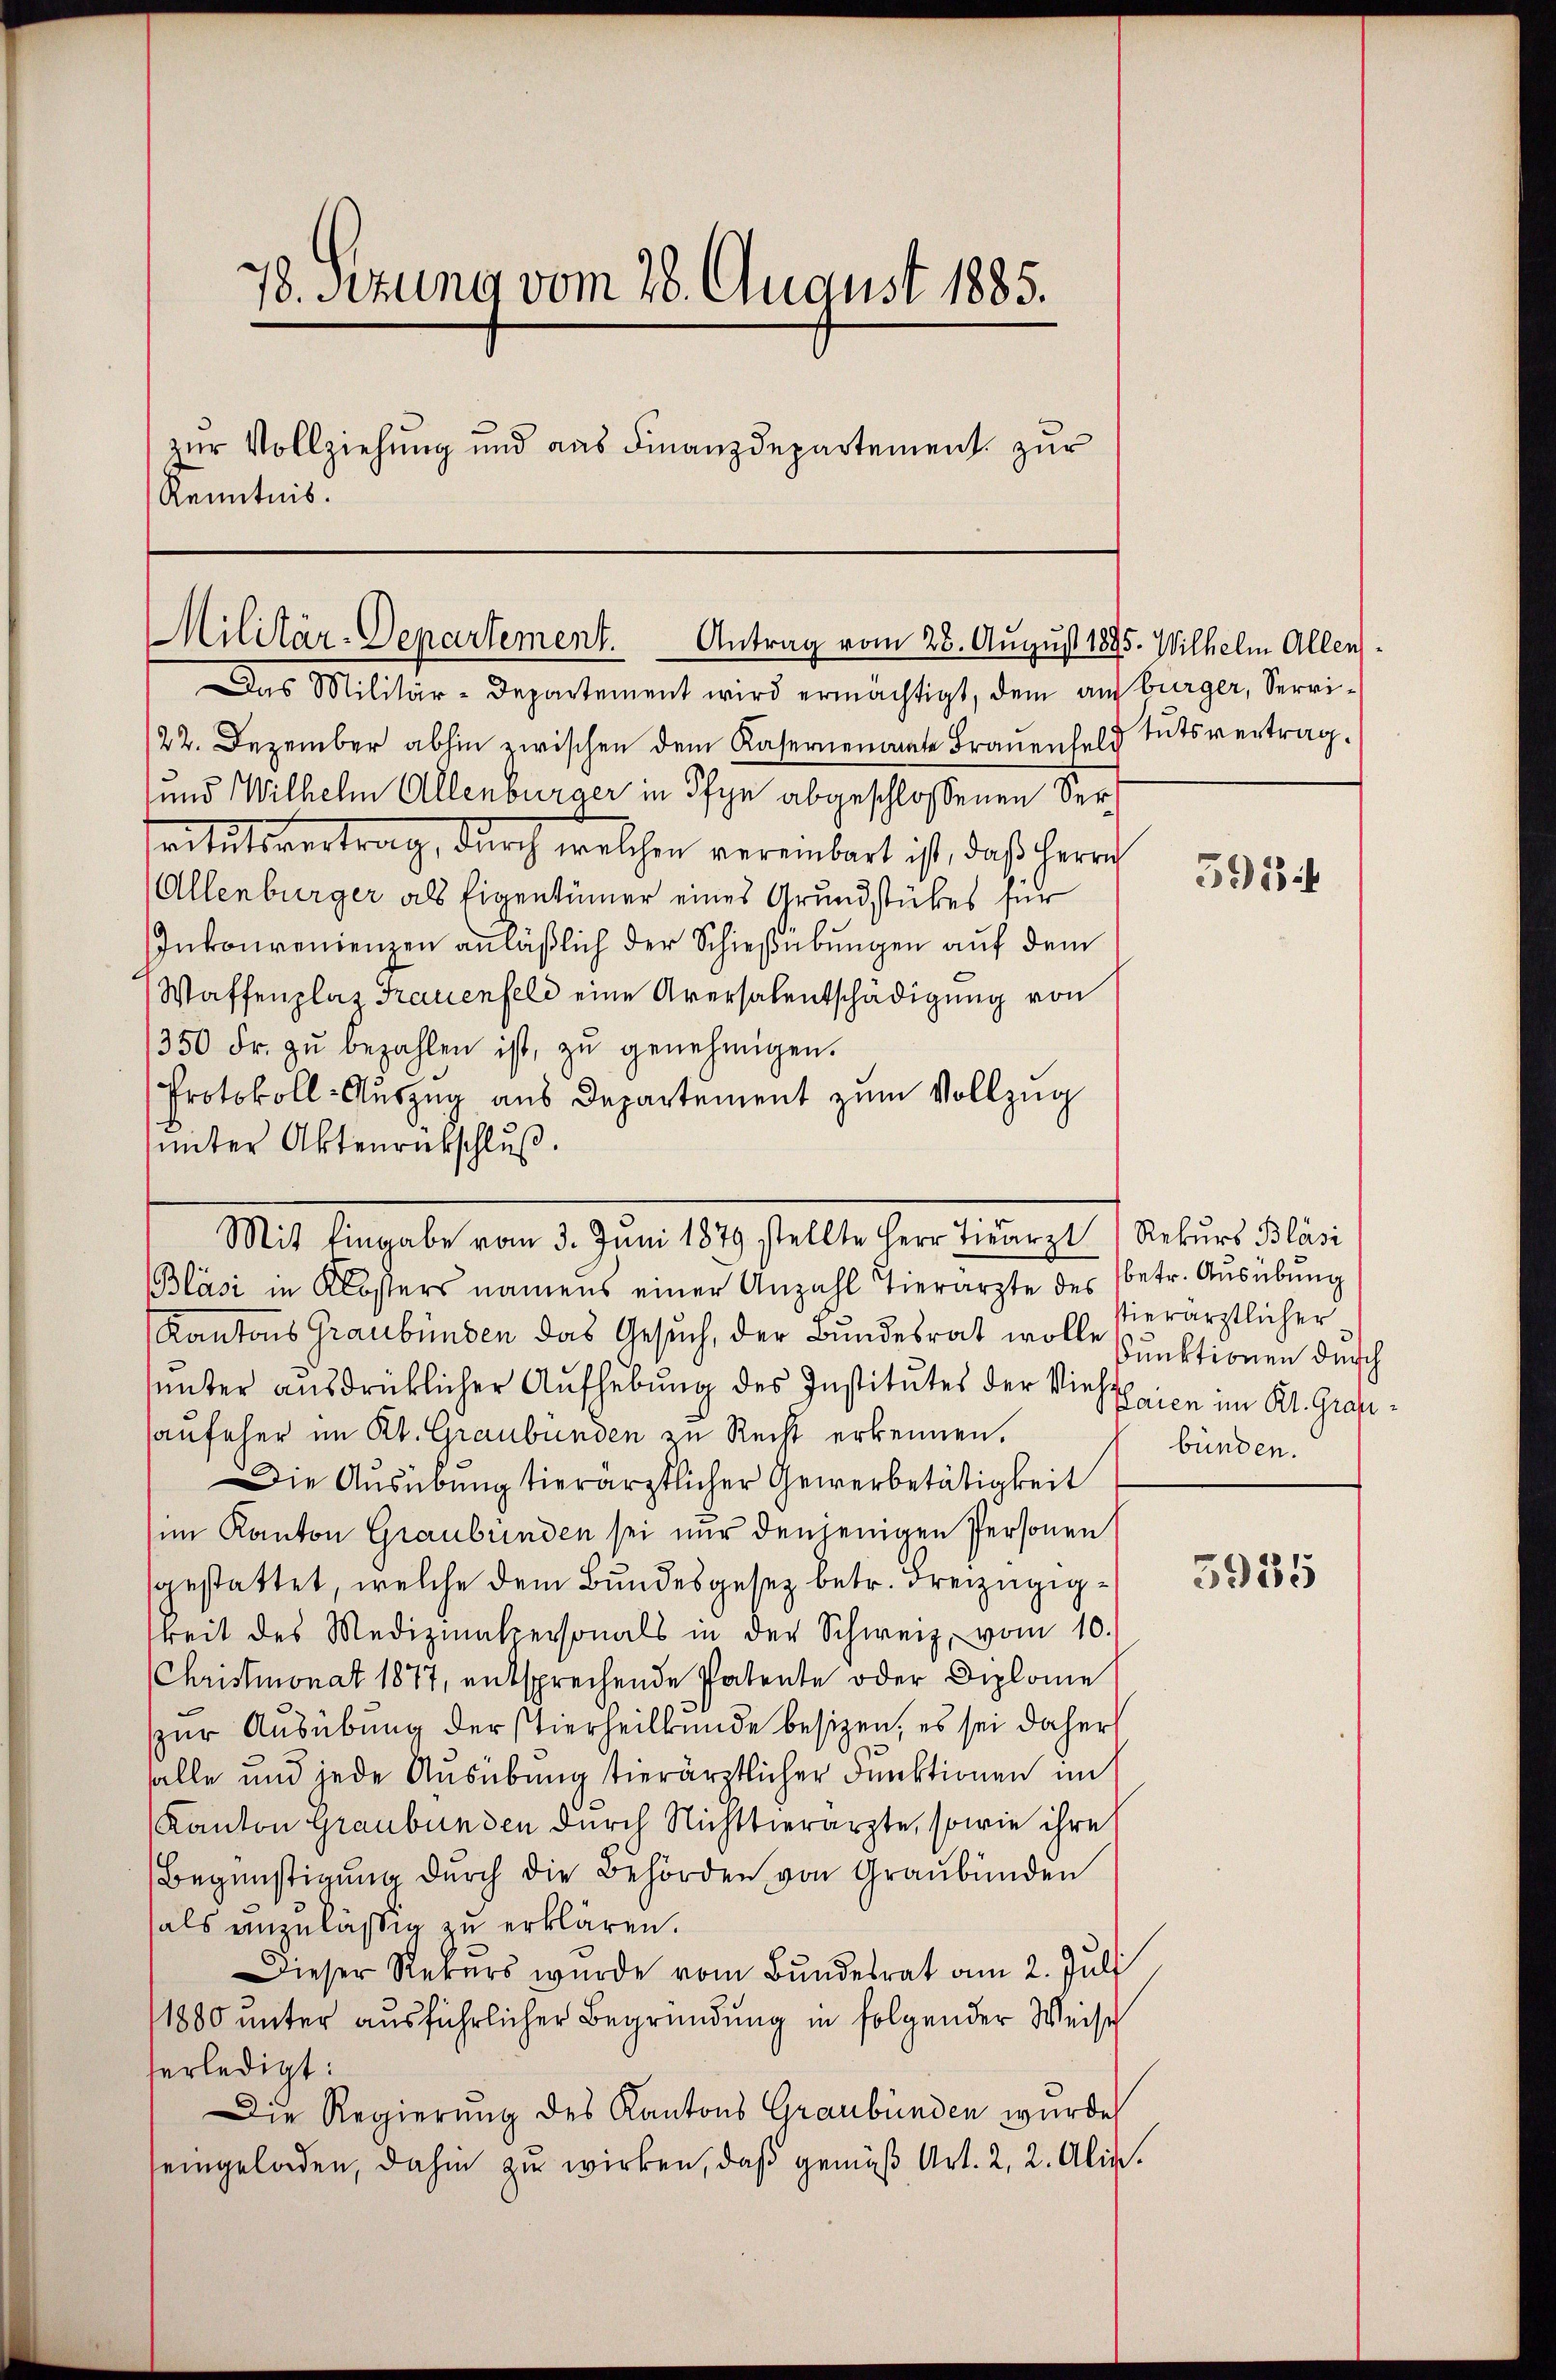
78. Sitzung vom 28. August 1885.
zur Vollziehung und aus Finanzdepartement zur
Kenntnis.

Militär-Departement. Antrag vom 28. August 188

Das Militär-Departement wird ermächtigt, dem auf bürger, Servi¬
/22. Dezember abhin zwischen dem Kasernenamte Brauenfeld tutsvertrag.
und Wilhelm Allenburger in Pfyn abgeschlossenen Servitutsvertrag, durch welchen vereinbart ist, daß Herrn
(Allenburger als Eigentümer eines Grundstückes für
Inkonvenienzen anläßlich der Schießübungen auf dem
Waffenplaz Trauenfeld eine Aversalentschädigung von
350 Fr. zŭ bezahlen ist, zŭ genehmigen.
Protokoll-Auszug aus Departement zum Vollzug
unter Aktenrückschluß.
Bläsi in Klosters namens einer Anzahl Tierarzte des betr. Ausübung
Kantons Graubünden das Gesuch, der Bundesrat wolle Punktionen durch
unter ausdrücklicher Aufhebung des Institutes der Viehtheile im Kt. Grafhaufeher im Kt. Graubünden zu Recht erkennen.
Die Ausübung tierärztlicher Gewerbetätigkeit
im Kanton Graubünden sei nur denjenigen Personen
sgestattet, welche dem Bundesgesez betr. Freizügigkeit des Mediziatersonals in der Schweiz, vom 10.
Christmonat 1877, entsprechende Patente oder Diplome
zur Ausübung der stierheilkunde besizen, es sei daher
alle und jede Ausübung tierärztlicher Funktionen im
Kanton Graubünden durch Nichttierarzte, sowie ihre
Begünstigung dŭrch die Behörden, von Graubünden
hals unzuläßig zu erklären.
Dieser Rekurs wurde vom Bŭndesrat am 2. Jŭli
1880 unter ausführlicher Begründung in folgender Weise
serledigt:
Die Regierung des Kantons Graubünden wurde
eingeladen, dahin zu wirken, daß gemäß Art. 2, 2. Alia.

Mit Regale von d. Juni 1819. Sollte her einmal sie und die

5. Wilhelm Allen.

5934

vierärztlicher
bünden.

3935